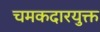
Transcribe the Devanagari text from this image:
चमकदारयुक्त